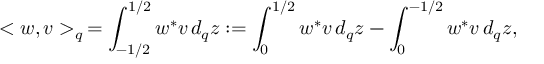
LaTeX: < w , v > _ { q } \, = \int _ { - 1 / 2 } ^ { 1 / 2 } w ^ { * } v \, d _ { q } z : = \int _ { 0 } ^ { 1 / 2 } w ^ { * } v \, d _ { q } z - \int _ { 0 } ^ { - 1 / 2 } w ^ { * } v \, d _ { q } z ,